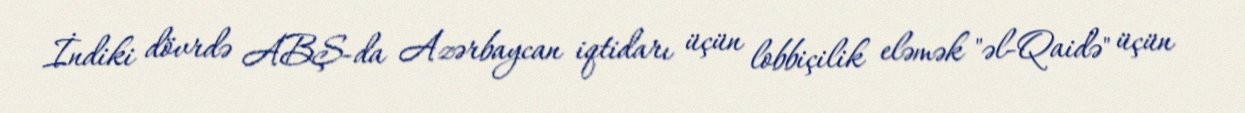
İndiki dövrdə ABŞ-da Azərbaycan iqtidarı üçün lobbiçilik eləmək "əl-Qaidə" üçün